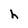
Character: h